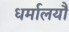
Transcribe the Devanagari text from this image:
धर्मालयौं